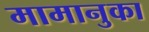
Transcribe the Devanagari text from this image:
मामानुका